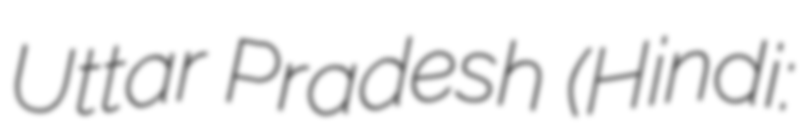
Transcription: Uttar Pradesh (Hindi: